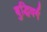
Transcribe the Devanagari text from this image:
बुद्धिवर्ग